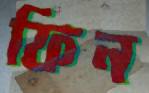
ফিন